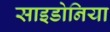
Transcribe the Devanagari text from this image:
साइडोनिया